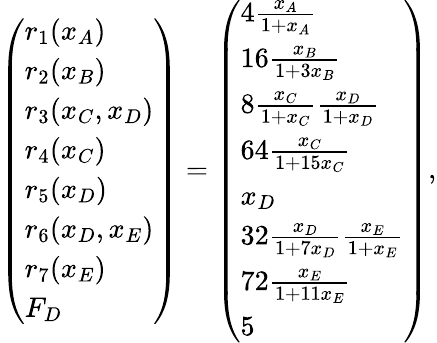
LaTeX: \left(\begin{array}{l}{r_{1}(x_{A})}\\ {r_{2}(x_{B})}\\ {r_{3}(x_{C},x_{D})}\\ {r_{4}(x_{C})}\\ {r_{5}(x_{D})}\\ {r_{6}(x_{D},x_{E})}\\ {r_{7}(x_{E})}\\ {F_{D}}\end{array}\right)=\left(\begin{array}{l}{4\frac{x_{A}}{1+x_{A}}}\\ {16\frac{x_{B}}{1+3x_{B}}}\\ {8\frac{x_{C}}{1+x_{C}}\frac{x_{D}}{1+x_{D}}}\\ {64\frac{x_{C}}{1+15x_{C}}}\\ {x_{D}}\\ {32\frac{x_{D}}{1+7x_{D}}\frac{x_{E}}{1+x_{E}}}\\ {72\frac{x_{E}}{1+11x_{E}}}\\ {5}\end{array}\right),